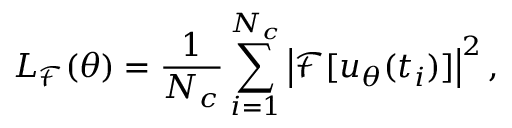
L _ { \mathcal { F } } ( \theta ) = \frac { 1 } { N _ { c } } \sum _ { i = 1 } ^ { N _ { c } } \left| \mathcal { F } [ { u _ { \theta } } ( t _ { i } ) ] \right| ^ { 2 } ,